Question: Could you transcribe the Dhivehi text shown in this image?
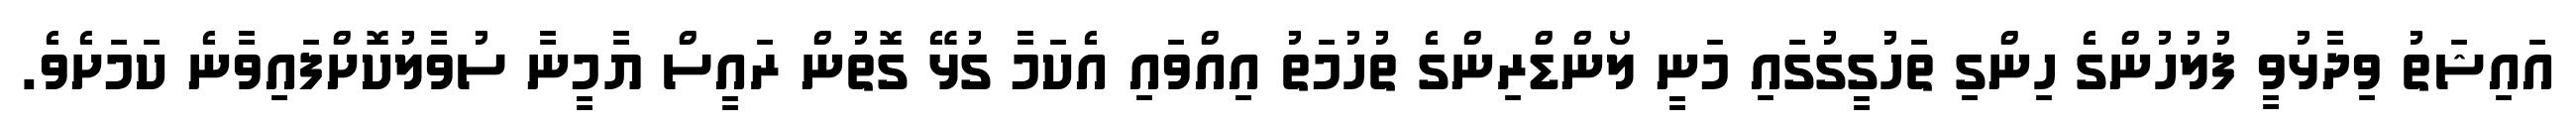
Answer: އައިޝަތު ވިދާޅުވީ ފުލުހުންގެ ހިންގި ތަހުގީގުގައި މަނީ ލޯންޑްރިންގެ ތުހުމަތު އިއްވައި އެކަމާ ގުޅޭ ގޮތުން ރައީސް ޔާމީނާ ސުވާލުކޮށްފައިވާނެ ކަމަށެވެ.